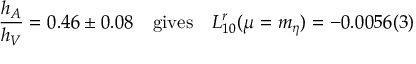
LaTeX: { \frac { h _ { A } } { h _ { V } } } = 0 . 4 6 \pm 0 . 0 8 \quad \mathrm { g i v e s } \quad L _ { 1 0 } ^ { r } ( \mu = m _ { \eta } ) = - 0 . 0 0 5 6 ( 3 )